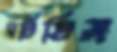
ঘটিতিস